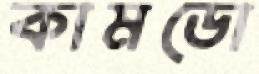
কামডো